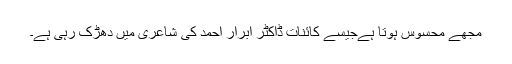
مجھے محسوس ہوتا ہےجیسے کائنات ڈاکٹر ابرار احمد کی شاعری میں دھڑک رہی ہے۔